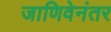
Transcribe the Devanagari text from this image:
जाणिवेनंतर